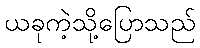
ယခုကဲ့သို့ပြောသည်